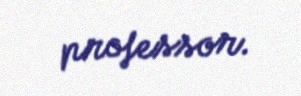
professor.